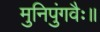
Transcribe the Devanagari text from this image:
मुनिपुंगवैः॥